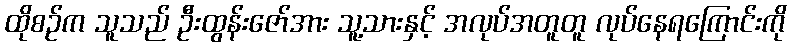
ထိုစဉ်က သူသည် ဦးထွန်းဇော်အား သူ့သားနှင့် အလုပ်အတူတူ လုပ်နေရကြောင်းကို